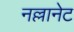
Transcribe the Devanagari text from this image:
नल्लानेट